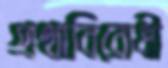
প্রথাবিরোধী